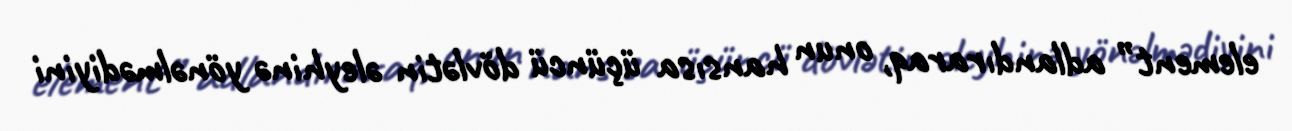
element” adlandıraraq, onun hansısa üçüncü dövlətin əleyhinə yönəlmədiyini